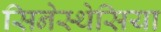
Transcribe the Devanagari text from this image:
सिनेस्थेसिया